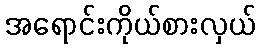
အရောင်းကိုယ်စားလှယ်